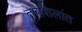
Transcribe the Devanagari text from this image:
तपशिलांत